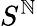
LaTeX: S^{\mathbb{N}}